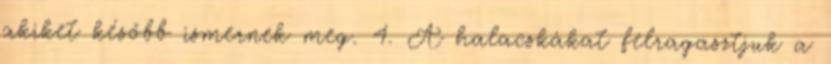
akiket később ismernek meg. 4. A halacskákat felragasztjuk a